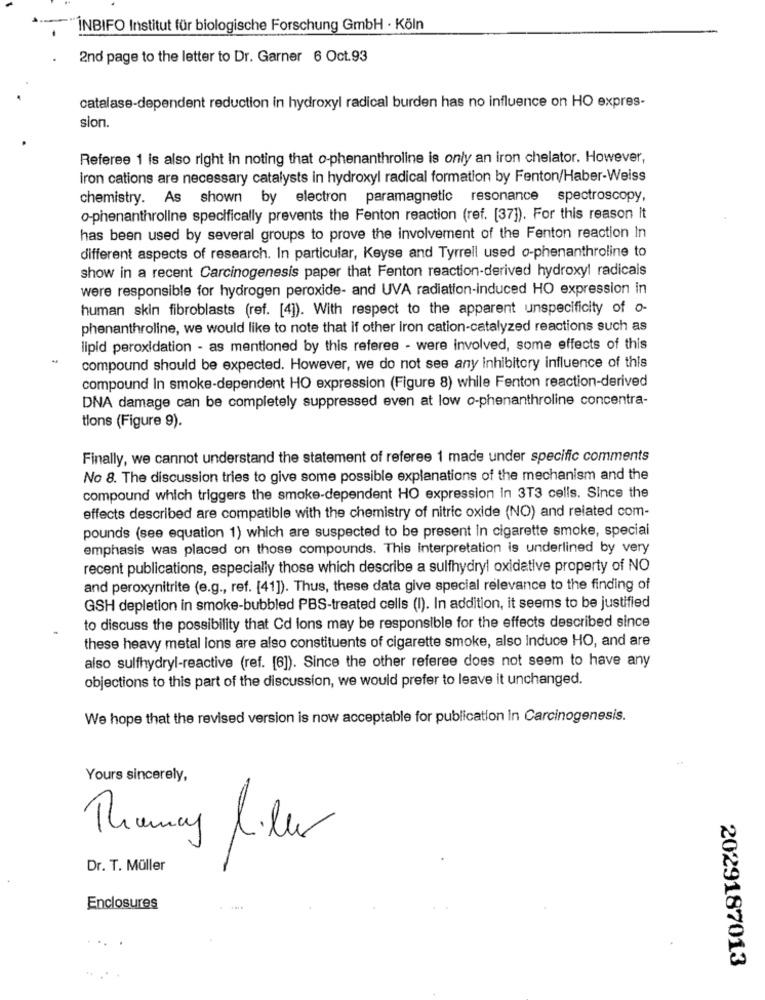
INBIFO Institut für biologische Forschung GmbH · Köln
2nd page to the letter to Dr. Garner 6 Oct.93
catalase-dependent reduction in hydroxyl radical burden has no influence on HO expres-
sion.
Referee 1 is also right in noting that o-phenanthroline is only an iron chelator. However,
iron cations are necessary catalysts in hydroxyl radical formation by Fenton/Haber-Weiss
chemistry. As shown by electron paramagnetic resonance spectroscopy,
o-phenanthroline specifically prevents the Fenton reaction (ref. [37]). For this reason It
has been used by several groups to prove the involvement of the Fenton reaction In
different aspects of research. In particular, Keyse and Tyrrell used o-phenanthroline to
show in a recent Carcinogenesis paper that Fenton reaction-derived hydroxyl radicals
were responsible for hydrogen peroxide- and UVA radiation-induced HO expression in
human skin fibroblasts (ref. [4]). With respect to the apparent unspecificity of o-
phenanthroline, we would like to note that if other Iron cation-catalyzed reactions such as
lipid peroxidation - as mentioned by this referee - were involved, some effects of this
compound should be expected. However, we do not see any inhibitory influence of this
compound In smoke-dependent HO expression (Figure 8) while Fenton reaction-derived
DNA damage can be completely suppressed even at low o-phenanthroline concentra-
tions (Figure 9).
Finally, we cannot understand the statement of referee 1 made under specific comments
No 8. The discussion tries to give some possible explanations of the mechanism and the
compound which triggers the smoke-dependent HO expression In 3T3 cells. Since the
effects described are compatible with the chemistry of nitric oxide (NO) and related com-
pounds (see equation 1) which are suspected to be present in cigarette smoke, special
emphasis was placed on those compounds. This interpretation is underlined by very
recent publications, especially those which describe a sulfhydryl oxidative property of NO
and peroxynitrite (e.g ., ref. [41]). Thus, these data give special relevance to the finding of
GSH depletion in smoke-bubbled PBS-treated cells (I). In addition, it seems to be justified
to discuss the possibility that Cd lons may be responsible for the effects described since
these heavy metal ions are also constituents of cigarette smoke, also Induce HO, and are
also sulfhydryl-reactive (ref. [6]). Since the other referee does not seem to have any
objections to this part of the discussion, we would prefer to leave it unchanged.
We hope that the revised version is now acceptable for publication in Carcinogenesis.
Yours sincerely,
Thomay liler
Dr. T. Müller
Enclosures
...
2029187013